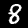
Digit: 8